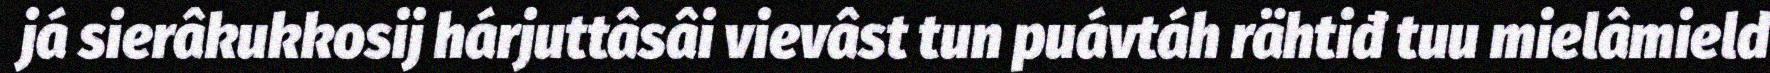
já sierâkukkosij hárjuttâsâi vievâst tun puávtáh rähtiđ tuu mielâmield